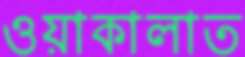
ওয়াকালাত